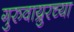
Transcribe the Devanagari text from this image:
गुरुवाय्रुरच्या